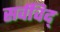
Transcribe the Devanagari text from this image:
सर्वविद्